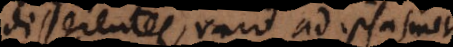
disserentes, raro ad ipsasmet